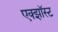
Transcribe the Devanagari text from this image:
एक्झॉस्ट